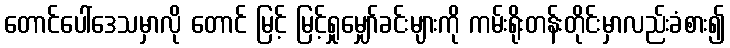
တောင်ပေါ်ဒေသမှာလို တောင် မြင့် မြင့်ရှုမျှော်ခင်းများကို ကမ်းရိုးတန်းတိုင်းမှာလည်းခံစား၍